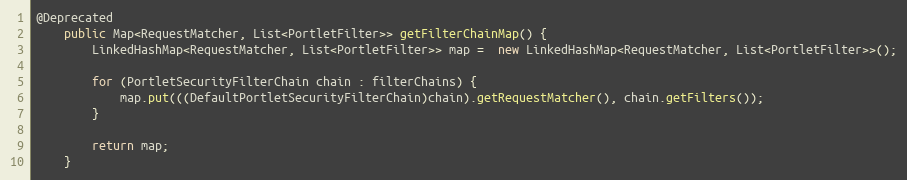
Language: Java
@Deprecated
    public Map<RequestMatcher, List<PortletFilter>> getFilterChainMap() {
        LinkedHashMap<RequestMatcher, List<PortletFilter>> map =  new LinkedHashMap<RequestMatcher, List<PortletFilter>>();

        for (PortletSecurityFilterChain chain : filterChains) {
            map.put(((DefaultPortletSecurityFilterChain)chain).getRequestMatcher(), chain.getFilters());
        }

        return map;
    }